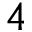
4